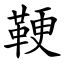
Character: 鞕